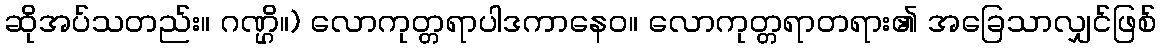
ဆိုအပ်သတည်း။ ဂဏ္ဌိ။) လောကုတ္တရာပါဒကာနေဝ။ လောကုတ္တရာတရား၏ အခြေသာလျှင်ဖြစ်